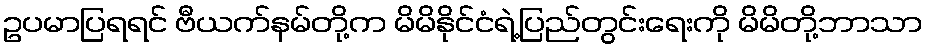
ဥပမာပြရရင် ဗီယက်နမ်တို့က မိမိနိုင်ငံရဲ့ပြည်တွင်းရေးကို မိမိတို့ဘာသာ